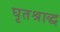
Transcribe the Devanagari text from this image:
घृतश्राद्ध